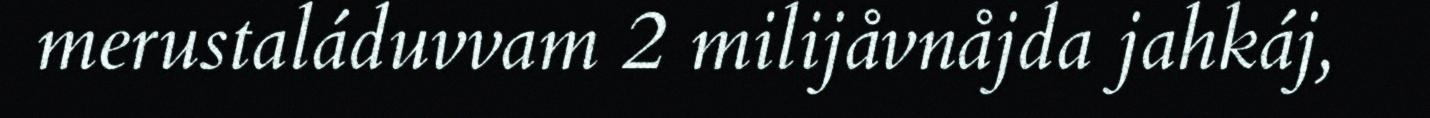
merustaláduvvam 2 milijåvnåjda jahkáj,